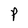
Character: P